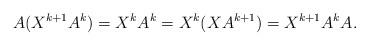
LaTeX: \begin{align*} A(X^{k+1}A^{k})=X^{k}A^{k}=X^{k}(XA^{k+1})=X^{k+1}A^{k}A.\end{align*}